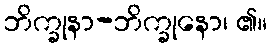
ဘိက္ခုနာ-ဘိက္ခုနော၊ ၏။